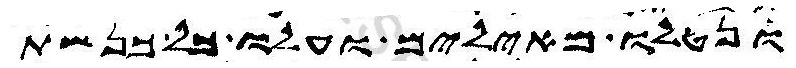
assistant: ונטלו מאילים ועלו כל כנשת